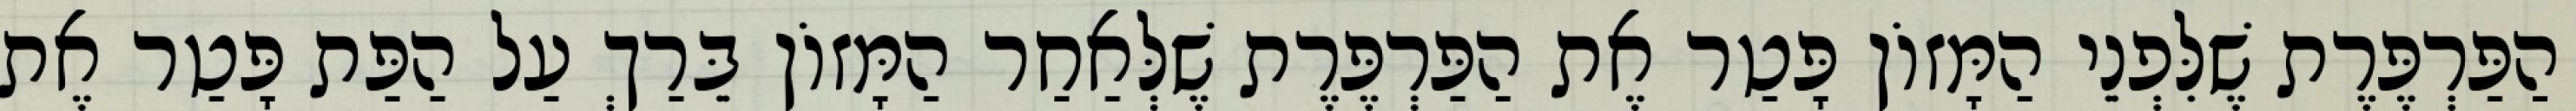
הַפַּרְפֶּרֶת שֶׁלִּפְנֵי הַמָּזוֹן פָּטַר אֶת הַפַּרְפֶּרֶת שֶׁלְּאַחַר הַמָּזוֹן בֵּרַךְ עַל הַפַּת פָּטַר אֶת